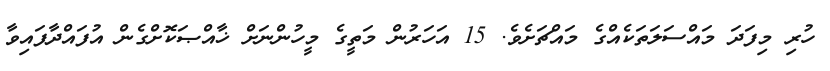
ހުރި މިފަދަ މައްސަލަތަކެއްގެ މައްޗަށެވެ. 15 އަހަރުން މަތީގެ މީހުންނަށް ޚާއްޞަކޮށްގެން އުފައްދާފައިވާ